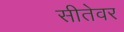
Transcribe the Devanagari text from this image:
सीतेवर